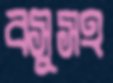
বসুসহ